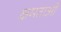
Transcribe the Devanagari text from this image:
क्षमताआें